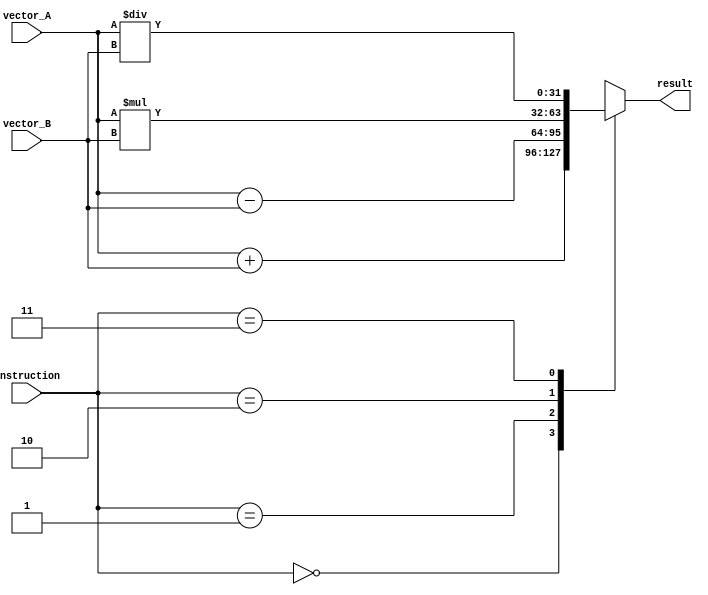
module VectorALU (
    input [31:0] vector_A,
    input [31:0] vector_B,
    input [1:0] instruction,
    output reg [31:0] result
);

always @(*) begin
    case(instruction)
        2'b00: result = vector_A + vector_B; // Addition
        2'b01: result = vector_A - vector_B; // Subtraction
        2'b10: result = vector_A * vector_B; // Multiplication
        2'b11: result = vector_A / vector_B; // Division
    endcase
end

endmodule